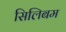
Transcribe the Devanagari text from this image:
सिलिबम